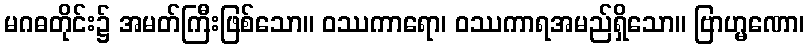
မဂဓတိုင်း၌ အမတ်ကြီးဖြစ်သော။ ဝဿကာရော၊ ဝဿကာရအမည်ရှိသော။ ဗြာဟ္မဏော၊